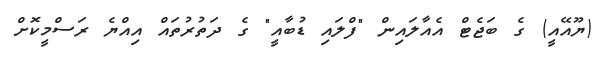
(ޔޫއޭއީ) ގެ ބަޖެޓް އެއާލައިން "ފްލައި ޑުބާއީ" ގެ ދަތުރުތައް އިއްޔެ ރަސްމީކޮށް